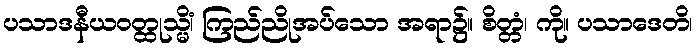
ပသာဒနီယဝတ္ထုသ္မိံ၊ ကြည်ညိုအပ်သော အရာ၌။ စိတ္တံ၊ ကို။ ပသာဒေတိ၊